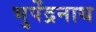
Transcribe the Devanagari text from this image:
भुपेंद्रनाथ